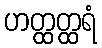
ဟတ္ထတ္ထရံ